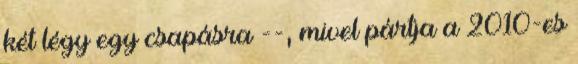
két légy egy csapásra --, mivel pártja a 2010-es